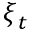
\boldsymbol { \xi } _ { t }